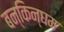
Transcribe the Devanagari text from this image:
बन्किन्घम